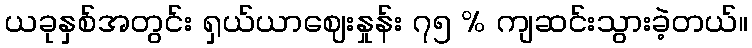
ယခုနှစ်အတွင်း ရှယ်ယာဈေးနှုန်း ၇၅ % ကျဆင်းသွားခဲ့တယ်။